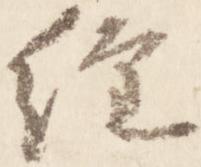
経